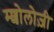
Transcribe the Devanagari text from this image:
म्शोलोज़ी